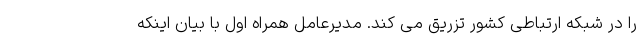
را در شبکه ارتباطی کشور تزریق می کند. مدیرعامل همراه اول با بیان اینکه